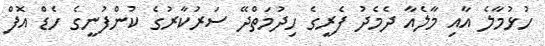
ހުޅުމާލެ އާއި މާލެއާ ދެމެދު ފެރީގެ ހިދުމަތްދޭ ސަރުކާރުގެ ކުންފުނީގެ ހެޑް އޮފް